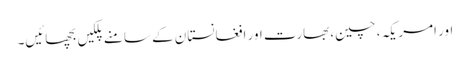
اور امریکہ ، چین، بھارت اور افغانستان کے سامنے پلکیں بچھائیں۔